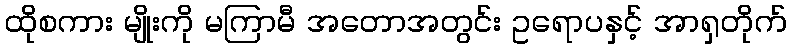
ထိုစကား မျိုးကို မကြာမီ အတောအတွင်း ဥရောပနှင့် အာရှတိုက်